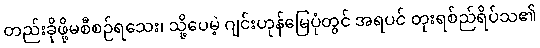
တည်းခိုဖို့မစီစဉ်ရသေး၊ သို့ပေမဲ့ ဂျင်းဟုန်မြေပုံတွင် အရပင် တုးရစ်ည်ရိပ်သ၏